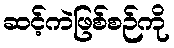
ဆင့်ကဲဖြစ်စဉ်ကို